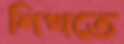
শিখতে